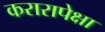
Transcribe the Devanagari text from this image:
करारापेक्षा